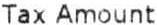
TAX AMOUNT